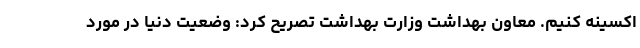
اکسینه کنیم. معاون بهداشت وزارت بهداشت تصریح کرد: وضعیت دنیا در مورد